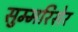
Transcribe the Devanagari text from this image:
सुम्मरिसेर